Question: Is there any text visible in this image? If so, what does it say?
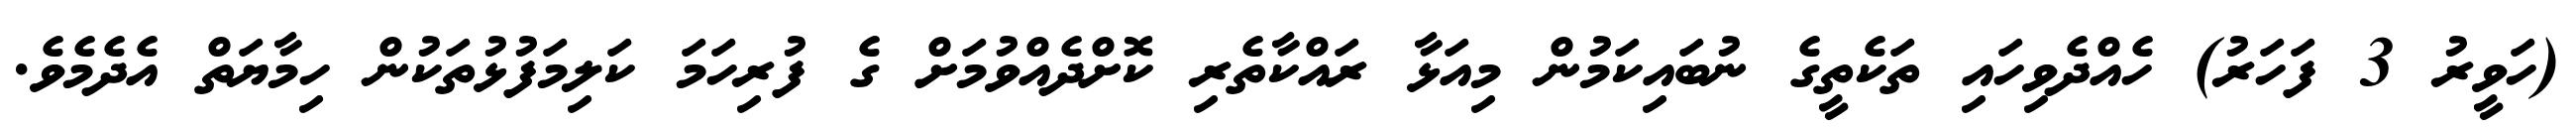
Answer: (ހަވީރު 3 ފަހަރު) ހެއްދެވިހައި ތަކެތީގެ ނުބައިކަމުން މިއަޅާ ރައްކާތެރި ކޮށްދެއްވުމަށް ގެ ފުރިހަމަ ކަލިމަފުޅުތަކުން ހިމާޔަތް އެދެމެވެ.